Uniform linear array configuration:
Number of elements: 8
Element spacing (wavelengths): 0.5
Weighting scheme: uniform
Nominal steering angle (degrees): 45
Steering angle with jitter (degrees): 43.082
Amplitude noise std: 0.05
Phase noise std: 0.05

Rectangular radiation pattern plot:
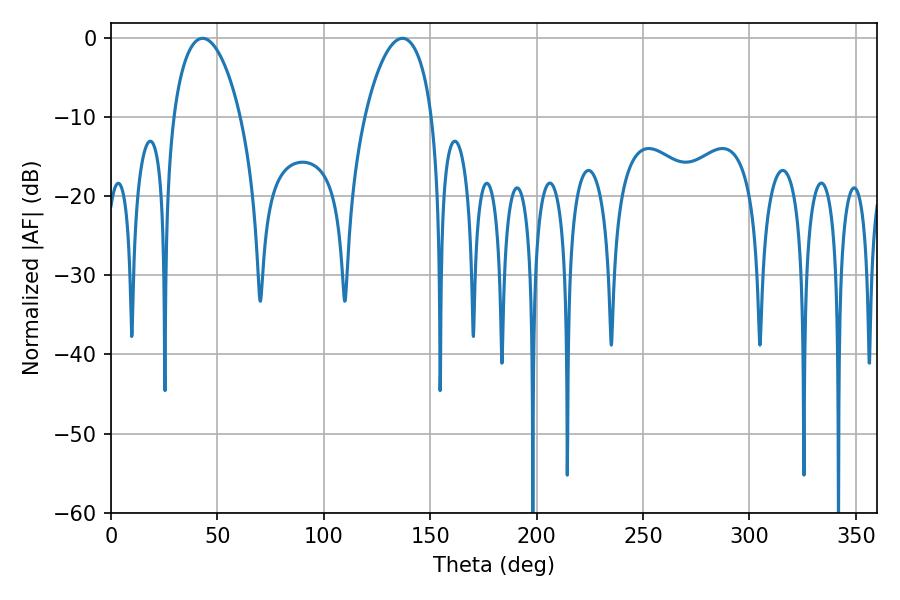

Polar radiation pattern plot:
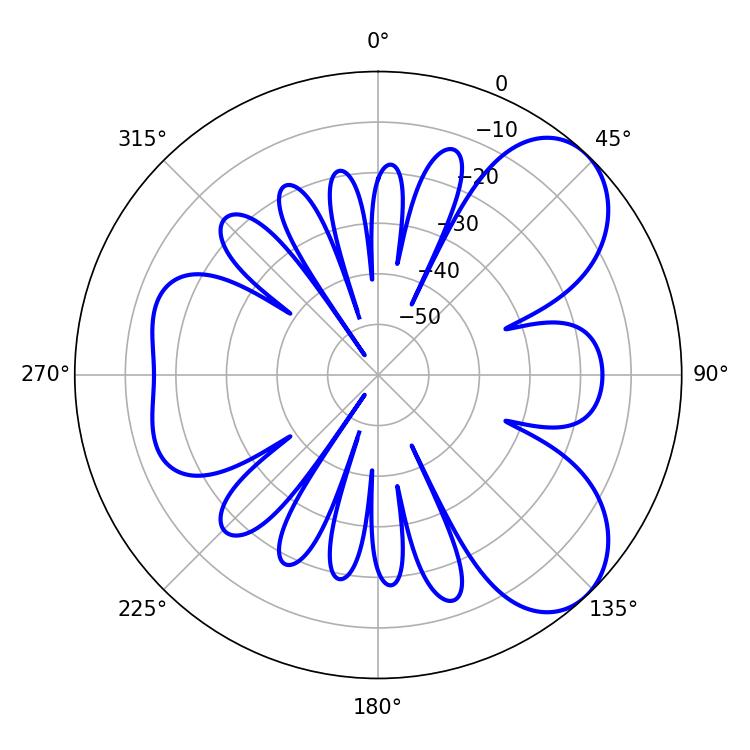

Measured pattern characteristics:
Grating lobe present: FALSE
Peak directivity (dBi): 6.694
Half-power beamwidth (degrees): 18
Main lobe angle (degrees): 43.02